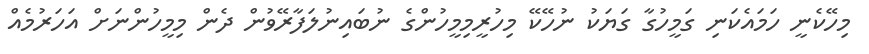
މިހޭކެނީ ހަމައެކަނި ގަމީހުގާ ގަޔަކު ނުހޭކޭ މިހުރީމިމީހުންގެ ނުބައިނުލަފާރޭވުން ދެން މިމީހުންނަށް އަހަރުމެއް